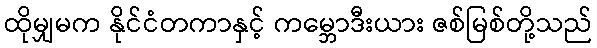
ထိုမျှမက နိုင်ငံတကာနှင့် ကမ္ဘောဒီးယား ဇစ်မြစ်တို့သည်